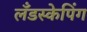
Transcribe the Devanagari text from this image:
लँडस्केपिंग